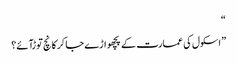
“
” اسکول کی عمارت کے پچھواڑے جا کر کانچ توڑآئے؟